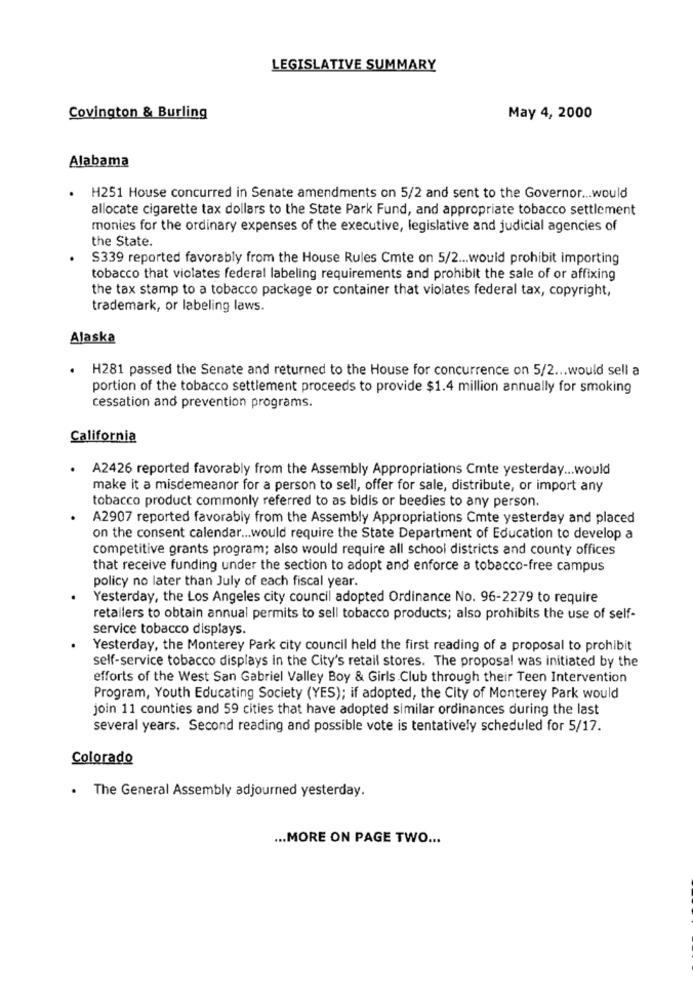
LEGISLATIVE SUMMARY
Covington & Burling
May 4, 2000
Alabama
.
H251 House concurred in Senate amendments on 5/2 and sent to the Governor ... would
allocate cigarette tax dollars to the State Park Fund, and appropriate tobacco settlement
monies for the ordinary expenses of the executive, legislative and judicial agencies of
the State.
S339 reported favorably from the House Rules Cmte on 5/2 ... would prohibit importing
tobacco that violates federal labeling requirements and prohibit the sale of or affixing
the tax stamp to a tobacco package or container that violates federal tax, copyright,
trademark, or labeling laws.
Alaska
.
H281 passed the Senate and returned to the House for concurrence on 5/2 ... would sell a
portion of the tobacco settlement proceeds to provide $1.4 million annually for smoking
cessation and prevention programs.
California
A2426 reported favorably from the Assembly Appropriations Cmte yesterday ... would
make it a misdemeanor for a person to sell, offer for sale, distribute, or import any
tobacco product commonly referred to as bidis or beedies to any person.
A2907 reported favorably from the Assembly Appropriations Cmte yesterday and placed
on the consent calendar ... would require the State Department of Education to develop a
competitive grants program; also would require all school districts and county offices
that receive funding under the section to adopt and enforce a tobacco-free campus
policy no later than July of each fiscal year.
Yesterday, the Los Angeles city council adopted Ordinance No. 96-2279 to require
retailers to obtain annual permits to sell tobacco products; also prohibits the use of self-
service tobacco displays.
Yesterday, the Monterey Park city council held the first reading of a proposal to prohibit
self-service tobacco displays in the City's retail stores. The proposal was initiated by the
efforts of the West San Gabriel Valley Boy & Girls Club through their Teen Intervention
Program, Youth Educating Society (YES); if adopted, the City of Monterey Park would
join 11 counties and 59 cities that have adopted similar ordinances during the last
several years. Second reading and possible vote is tentatively scheduled for 5/17.
Colorado
The General Assembly adjourned yesterday.
... MORE ON PAGE TWO ...